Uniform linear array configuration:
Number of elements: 12
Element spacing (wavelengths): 0.75
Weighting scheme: blackman
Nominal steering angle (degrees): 0
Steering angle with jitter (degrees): -0.2789
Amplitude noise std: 0.05
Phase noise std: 0.05

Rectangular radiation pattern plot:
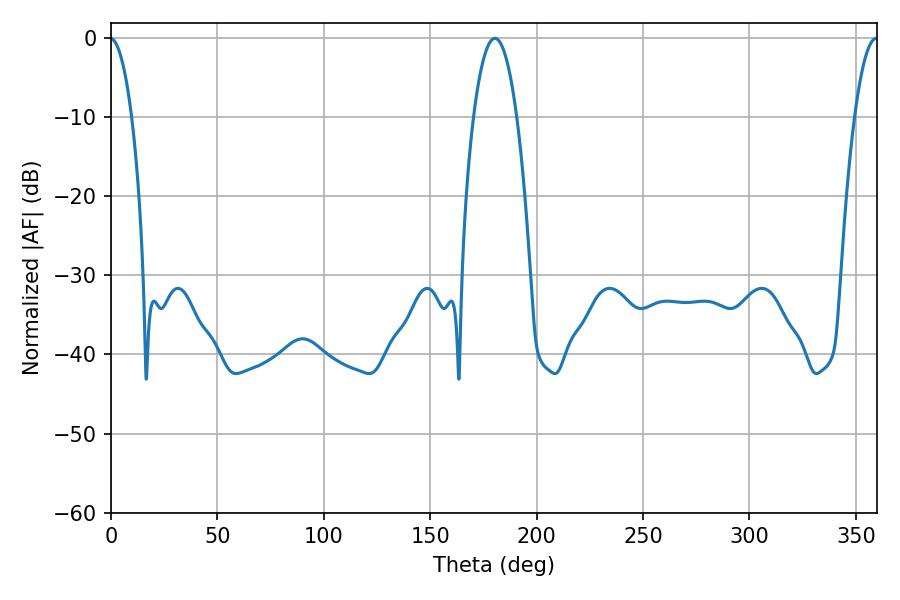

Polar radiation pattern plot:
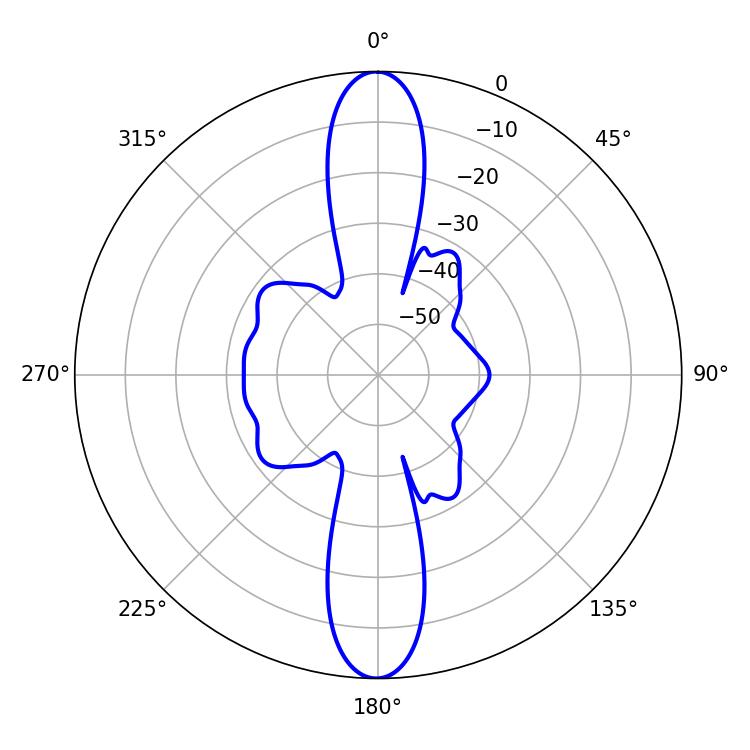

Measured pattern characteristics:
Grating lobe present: TRUE
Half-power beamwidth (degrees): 11.34
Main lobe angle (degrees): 180.36